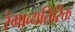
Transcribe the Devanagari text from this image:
रंगाव्यतिरिक्त